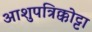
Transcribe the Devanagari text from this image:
आशुपत्रिक्कोट्टा